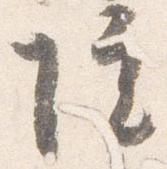
院